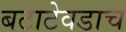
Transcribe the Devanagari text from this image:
बटाटेवडाच